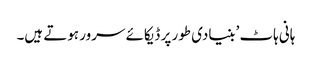
ہانی ہاٹ ’بنیادی طور پر ڈیکائے سرور ہوتے ہیں۔